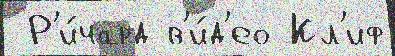
 Р'и́чард в'и́д'ео Кл'иф